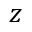
z